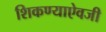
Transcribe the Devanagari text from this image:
शिकण्याऐवजी